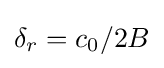
\delta _{r}=c_{0}/2B